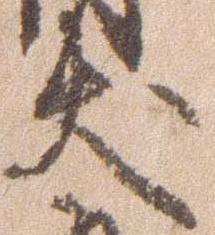
犬